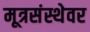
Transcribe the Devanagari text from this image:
मूत्रसंस्थेवर